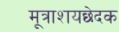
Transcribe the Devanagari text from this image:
मूत्राशयछेदक